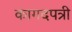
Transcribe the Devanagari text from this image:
कागदपत्री